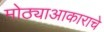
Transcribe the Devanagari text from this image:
मोठ्याआकाराचे